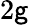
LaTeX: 2\mathsf{g}